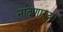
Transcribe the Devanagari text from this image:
नांदणाऱ्या